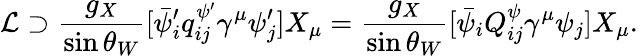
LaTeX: {\cal L}\supset\frac{g_{X}}{\sin\theta_{W}}[\bar{\psi}_{i}^{\prime}q_{ij}^{\psi^{\prime}}\gamma^{\mu}\psi_{j}^{\prime}]X_{\mu}=\frac{g_{X}}{\sin\theta_{W}}[\bar{\psi}_{i}Q_{ij}^{\psi}\gamma^{\mu}\psi_{j}]X_{\mu}.